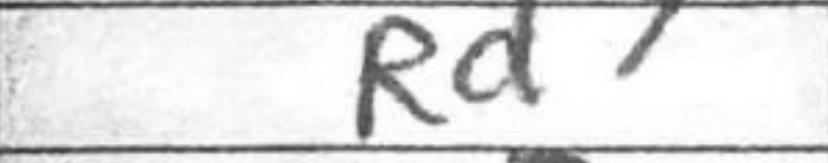
Transcription: Rd7